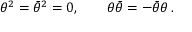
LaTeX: \theta ^ { 2 } = \bar { \theta } ^ { 2 } = 0 , \qquad \theta \bar { \theta } = - \bar { \theta } \theta \, .